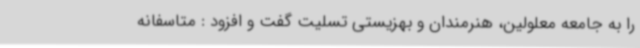
را به جامعه معلولین، هنرمندان و بهزیستی تسلیت گفت و افزود : متاسفانه